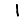
Digit: 1